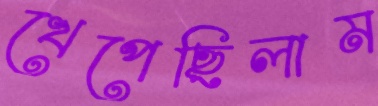
খেপেছিলাম